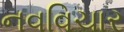
નવવિચાર